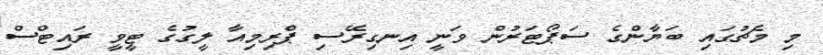
މި މެޗުގައި ބަޔާންގެ ސަޕޯޓަރުން ވަނީ އިނގިރޭސި ޕްރިމިއާ ލީގުގެ ޓީވީ ރައިޓްސް